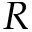
R